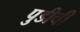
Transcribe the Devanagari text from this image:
पुडीची